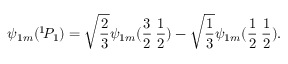
\psi _ { 1 m } ( ^ { 1 } \! P _ { 1 } ) = \sqrt { \frac { 2 } { 3 } } \psi _ { 1 m } ( \frac { 3 } { 2 } \: \frac { 1 } { 2 } ) - \sqrt { \frac { 1 } { 3 } } \psi _ { 1 m } ( \frac { 1 } { 2 } \: \frac { 1 } { 2 } ) .